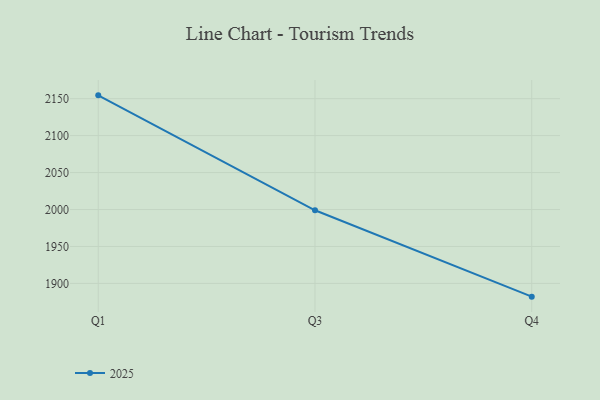
{"axis": {"x": "Quarter", "y": "Population (Million)"}, "legend": ["2025"], "data": [{"x": "Q1", "y": 2154.5, "type": "2025"}, {"x": "Q3", "y": 1999.0, "type": "2025"}, {"x": "Q4", "y": 1882.1, "type": "2025"}]}